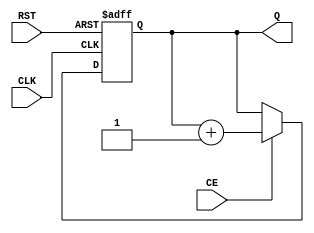
module dynamic_asynchronous_counter (
    input wire CE,        // Count Enable
    input wire RST,       // Reset signal
    input wire CLK,       // Clock signal
    output reg [N-1:0] Q  // Count output; N is the number of bits
);
    parameter N = 4; // Adjust the number of bits as needed

    // Counter logic
    always @(posedge CLK or posedge RST) begin
        if (RST) begin
            Q <= 0; // Reset the counter to zero
        end else if (CE) begin
            Q <= Q + 1; // Increment the counter
        end
    end

    // Asynchronous behavior for Count Enable
    always @(CE) begin
        if (CE) begin
            // Optional: Additional logic to handle CE changes dynamically
            // This ensures the counter starts counting immediately on CE active
        end
    end

endmodule